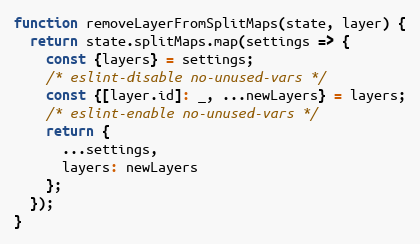
Language: JavaScript
function removeLayerFromSplitMaps(state, layer) {
  return state.splitMaps.map(settings => {
    const {layers} = settings;
    /* eslint-disable no-unused-vars */
    const {[layer.id]: _, ...newLayers} = layers;
    /* eslint-enable no-unused-vars */
    return {
      ...settings,
      layers: newLayers
    };
  });
}